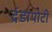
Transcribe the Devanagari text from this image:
दंडापोटी